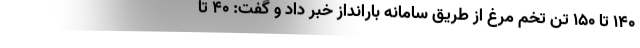
۱۴۰ تا ۱۵۰ تن تخم مرغ از طریق سامانه بارانداز خبر داد و گفت: ۴۰ تا